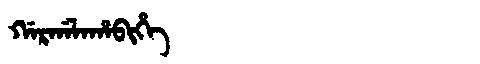
Manchu: ᡤᠠᡵᡤᠠᠯᠠᡥᠠᠪᡳᡥᡝ
Romanization: GARGALAHABIHE